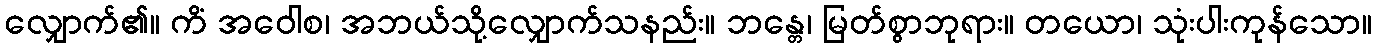
လျှောက်၏။ ကိံ အဝေါစ၊ အဘယ်သို့လျှောက်သနည်း။ ဘန္တေ၊ မြတ်စွာဘုရား။ တယော၊ သုံးပါးကုန်သော။